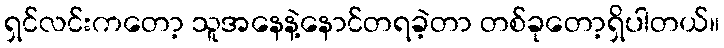
ရှင်လင်းကတော့ သူအနေနဲ့နောင်တရခဲ့တာ တစ်ခုတော့ရှိပါတယ်။